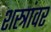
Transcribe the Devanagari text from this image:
शस्त्रांवर